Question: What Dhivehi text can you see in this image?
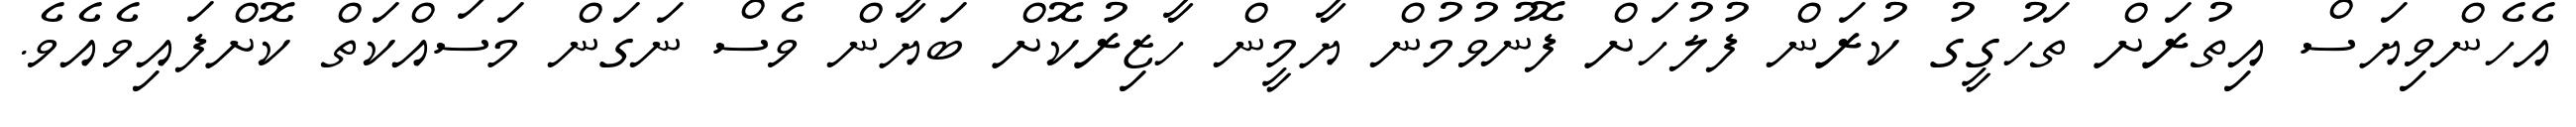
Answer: އެހެންވިޔަސް އިތުރަށް ތަހުގީގު ކުރަން ފުލުހަށް ފޮނުވުމުން ޔާމީން ހާޒިރުކޮށް ބަޔާން ވެސް ނަގަން މަސައްކަތް ކޮށްފައިވެއެވެ.